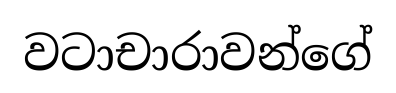
වටාචාරාවන්ගේ